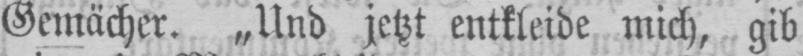
Gemächer. „Und jetzt entkleide mich, gib